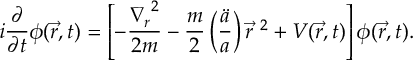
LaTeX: i \frac { \partial } { \partial t } \phi ( \vec { r } , t ) = \left[ - \frac { { \nabla _ { r } } ^ { 2 } } { 2 m } - \frac { m } { 2 } \left( \frac { \ddot { a } } { a } \right) { \vec { r } } ^ { \ 2 } + V ( \vec { r } , t ) \right] \phi ( \vec { r } , t ) .